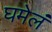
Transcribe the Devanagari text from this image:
घमेलं